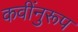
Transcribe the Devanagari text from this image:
कवींनुरूप